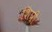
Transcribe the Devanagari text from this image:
शिपी